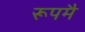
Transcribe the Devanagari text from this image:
रूपमै